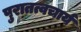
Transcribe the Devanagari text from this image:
पुरातत्वचार्य